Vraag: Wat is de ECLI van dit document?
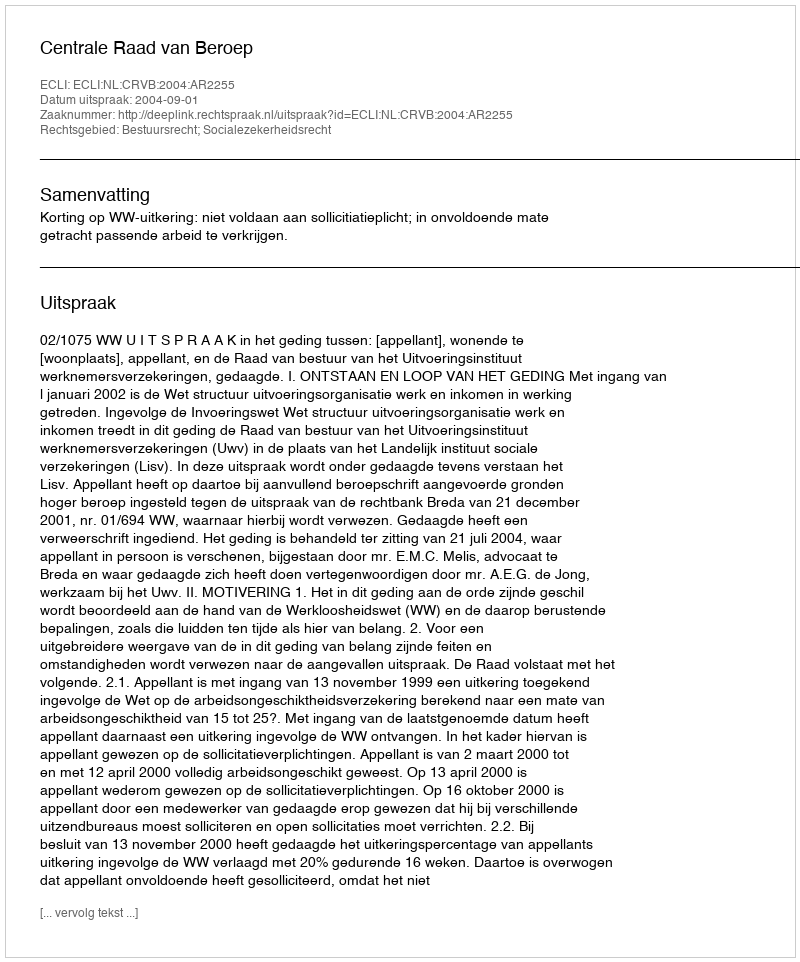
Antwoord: ECLI:NL:CRVB:2004:AR2255